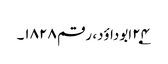
۲۴؂ابوداؤد، رقم ۱۸۲۸۔